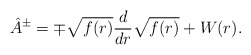
\begin{align*} \hat{A}^{\pm} = \mp \sqrt{f(r)} \frac{d}{dr} \sqrt{f(r)} + W(r). \end{align*}